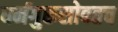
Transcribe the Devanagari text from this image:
धर्मगुरूसोबतच